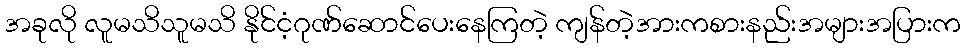
အခုလို လူမသိသူမသိ နိုင်ငံ့ဂုဏ်ဆောင်ပေးနေကြတဲ့ ကျန်တဲ့အားကစားနည်းအများအပြားက